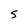
Character: 5